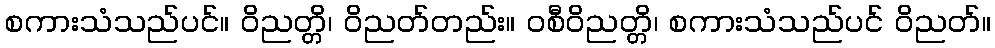
စကားသံသည်ပင်။ ဝိညတ္တိ၊ ဝိညတ်တည်း။ ဝစီဝိညတ္တိ၊ စကားသံသည်ပင် ဝိညတ်။